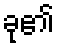
ခု၏